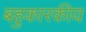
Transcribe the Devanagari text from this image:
बहुकारकीय